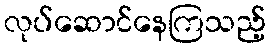
လုပ်ဆောင်နေကြသည့်